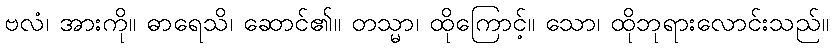
ဗလံ၊ အားကို။ ဓာရေသိ၊ ဆောင်၏။ တသ္မာ၊ ထိုကြောင့်။ သော၊ ထိုဘုရားလောင်းသည်။